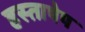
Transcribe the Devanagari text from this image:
हस्ताषेप